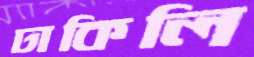
ঢাকিলি